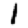
Digit: 1